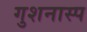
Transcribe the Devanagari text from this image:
गुशनास्प